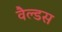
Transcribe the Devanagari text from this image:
वैल्डस